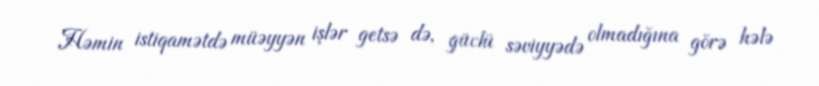
Həmin istiqamətdə müəyyən işlər getsə də, güclü səviyyədə olmadığına görə hələ